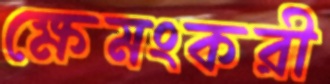
ক্ষেমংকরী